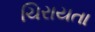
ચિરાયતા